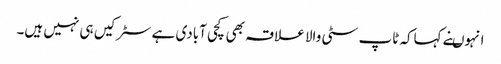
انہوںنے کہاکہ ٹاپ سٹی والا علاقہ بھی کچی آبادی ہے سٹرکیں ہی نہیں ہیں۔